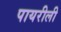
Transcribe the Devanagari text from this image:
पायरीली